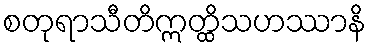
စတုရာသီတိဣတ္ထိသဟဿာနိ